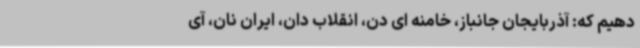
دهیم که: آذربایجان جانباز، خامنه ای دن، انقلاب دان، ایران نان، آی